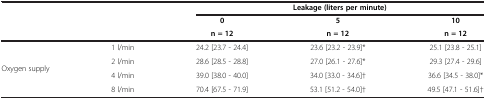
<table><thead><tr><td>[EMPTY_CELL]</td><td>[EMPTY_CELL]</td><td colspan="3"><b>Leakage (liters per minute)</b></td></tr><tr><td>[EMPTY_CELL]</td><td>[EMPTY_CELL]</td><td><b>0</b></td><td><b>5</b></td><td><b>10</b></td></tr><tr><td>[EMPTY_CELL]</td><td>[EMPTY_CELL]</td><td><b>n = 12</b></td><td><b>n = 12</b></td><td><b>n = 12</b></td></tr></thead><tbody><tr><td>[EMPTY_CELL]</td><td>1 l/min</td><td>24.2 [23.7 - 24.4]</td><td>23.6 [23.2 - 23.9]*</td><td>25.1 [23.8 - 25.1]</td></tr><tr><td rowspan="2">Oxygen supply</td><td>2 l/min</td><td>28.6 [28.5 - 28.8]</td><td>27.0 [26.1 - 27.6]*</td><td>29.3 [27.4 - 29.6]</td></tr><tr><td>4 l/min</td><td>39.0 [38.0 - 40.0]</td><td>34.0 [33.0 - 34.6]†</td><td>36.6 [34.5 - 38.0]*</td></tr><tr><td>[EMPTY_CELL]</td><td>8 l/min</td><td>70.4 [67.5 - 71.9]</td><td>53.1 [51.2 - 54.0]†</td><td>49.5 [47.1 - 51.6]†</td></tr></tbody></table>